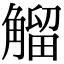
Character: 𧤝